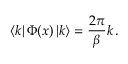
\left\langle k \right| \Phi ( x ) \left| k \right\rangle = \frac { 2 \pi } { \beta } k \, .